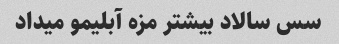
سس سالاد بیشتر مزه آبلیمو میداد